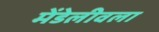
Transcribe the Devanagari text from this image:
मेंडेलीवला